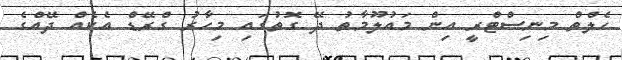
ހެލްތް މިނިސްޓްރީ އިން މައުލޫމާތު ދޭ ގޮތުގައި މިހާރު ގްރޭޑް އެކެއް ދޭއްގެ